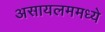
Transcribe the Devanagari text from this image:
असायलममध्ये